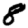
Digit: 8